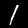
Digit: 1